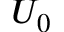
U _ { 0 }